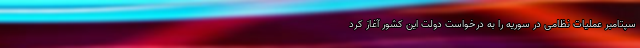
سپتامبر عملیات نظامی در سوریه را به درخواست دولت این کشور آغاز کرد